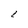
Character: 1